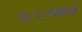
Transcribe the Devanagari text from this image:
१८२१मध्ये